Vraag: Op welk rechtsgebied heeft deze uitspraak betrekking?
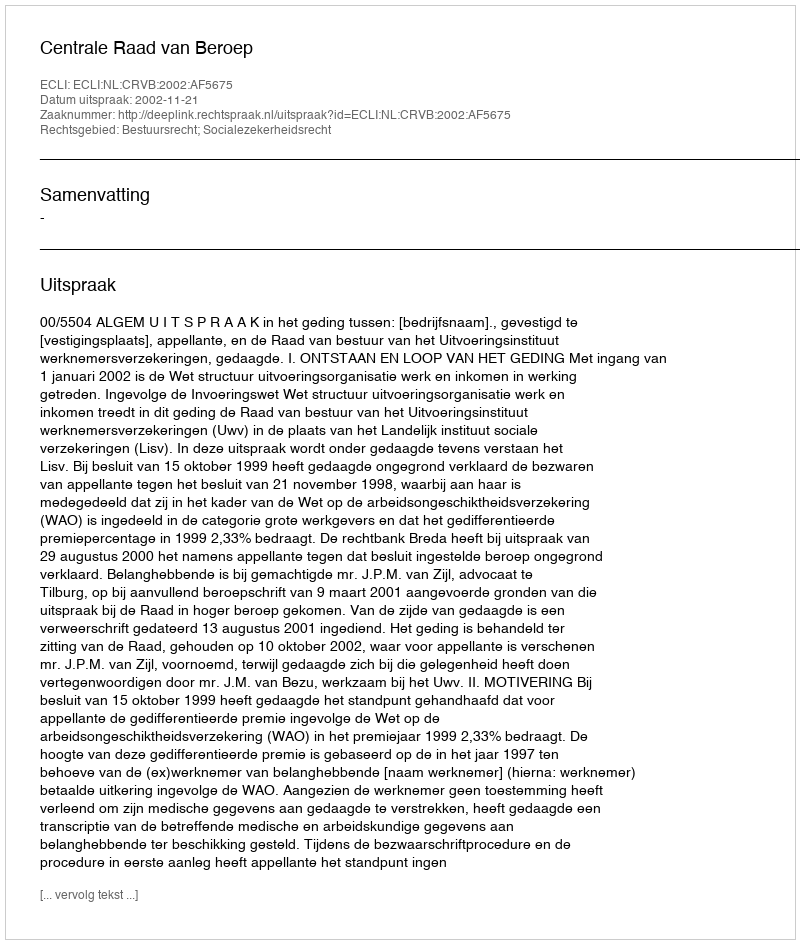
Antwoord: Bestuursrecht; Socialezekerheidsrecht